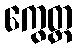
ကွေတ္ထ